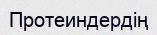
Протеиндердің